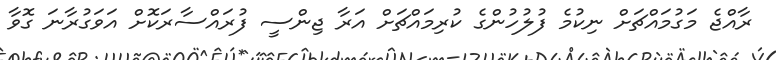
ރާއްޖެ މަގުމައްޗަށް ނިކުމެ ފުލުހުންގެ ކުރިމައްޗަށް އަރާ ޖިންސީ ފުރައްސާރަކޮށް އަވަގުރާނަ ގޮވާ